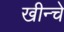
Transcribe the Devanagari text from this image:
खीन्चे